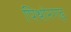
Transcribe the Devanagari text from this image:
पिथोरगढ़